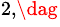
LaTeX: ^{2,\dag}